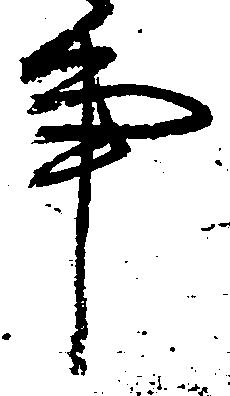
事